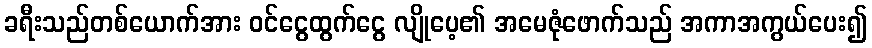
ခရီးသည်တစ်ယောက်အား ဝင်ငွေထွက်ငွေ လျိုပေ့၏ အမေဇုံဖောက်သည် အကာအကွယ်ပေး၍